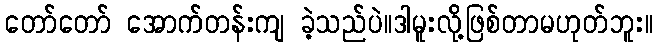
တော်တော် အောက်တန်းကျ ခဲ့သည်ပဲ။ဒါမူးလို့ဖြစ်တာမဟုတ်ဘူး။